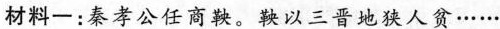
材料一：秦孝公任商鞅。鞅以三晋地狭人贫······